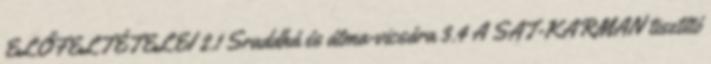
ELŐFELTÉTELEI 2.1 Sraddhá és átma-vicsára 3.4 A SAT-KARMAN tisztító